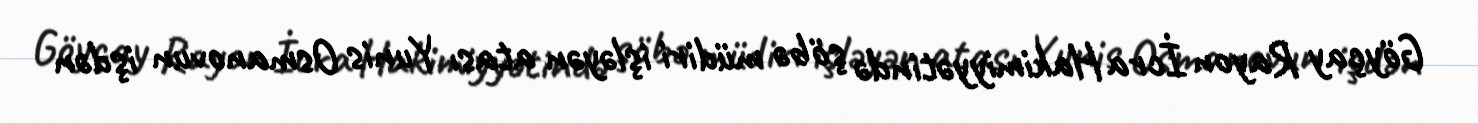
Göyçay Rayon İcra Hakimiyyətində şöbə müdiri işləyən atası Yunis Osmanovun işdən